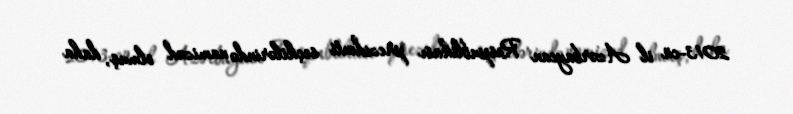
2013-cü il Azərbaycan Respublikası prezidenti seçkilərində namizəd olmuş, daha